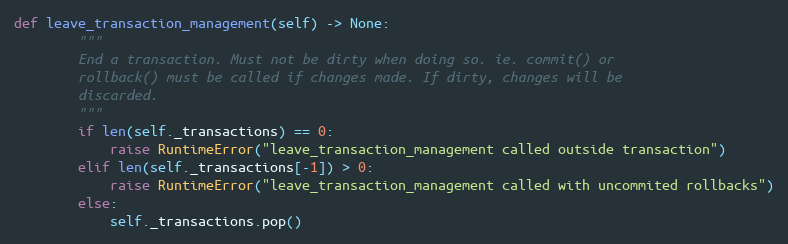
Language: Python
def leave_transaction_management(self) -> None:
        """
        End a transaction. Must not be dirty when doing so. ie. commit() or
        rollback() must be called if changes made. If dirty, changes will be
        discarded.
        """
        if len(self._transactions) == 0:
            raise RuntimeError("leave_transaction_management called outside transaction")
        elif len(self._transactions[-1]) > 0:
            raise RuntimeError("leave_transaction_management called with uncommited rollbacks")
        else:
            self._transactions.pop()